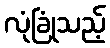
လုံခြုံသည့်